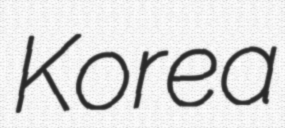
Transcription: Korea